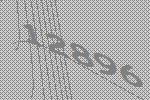
12896